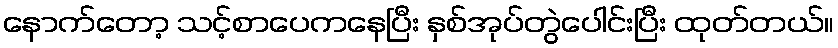
နောက်တော့ သင့်စာပေကနေပြီး နှစ်အုပ်တွဲပေါင်းပြီး ထုတ်တယ်။